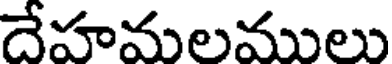
దేహమలములు